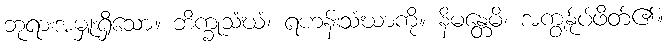
ဘုရားအမှူးရှိသော။ ဘိက္ခုသံဃံ၊ ရဟန်းသံဃာကို။ နိမန္တေမိ၊ အကျွန်ုပ်ဖိတ်၏။